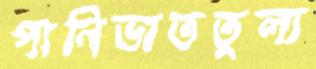
পানিভাততুল্য